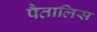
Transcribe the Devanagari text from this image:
पैतालिस